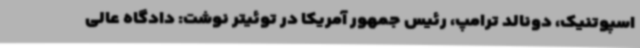
اسپوتنیک، دونالد ترامپ، رئیس جمهور آمریکا در توئیتر نوشت: دادگاه عالی